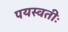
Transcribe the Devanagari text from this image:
पयस्वतीः